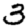
Digit: 3